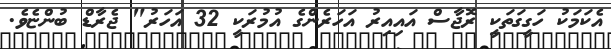
އެކަމަކު ހަގީގަތަކީ ރޮޖާސް އައިއިރު އަހަރެންގެ އުމުރަކީ 32 އަހަރު" ޖެރާޑް ބުންޏެވެ.